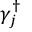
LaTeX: \gamma _ { j } ^ { \dagger }